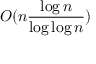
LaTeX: O ( n { \frac { \log n } { \log \log n } } )